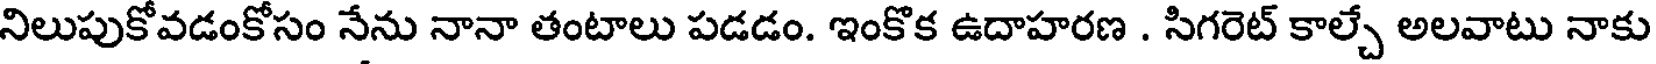
నిలుపుకోవడంకోసం నేను నానా తంటాలు పడడం. ఇంకొక ఉదాహరణ . సిగరెట్ కాల్చే అలవాటు నాకు